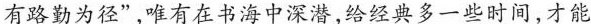
有路勤为径”，唯有在书海中深潜，给经典多一些时间，才能